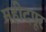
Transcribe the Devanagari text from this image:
महीदपूर